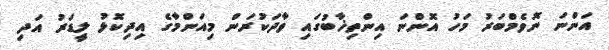
އަންނަ ނޮވެމްބަރު މަހު އޮންނަ އިންތިޚާބުގައި ވާދަކުރަން މިއަންމާގެ އިދިކޮޅު ލީޑަރު އަދި